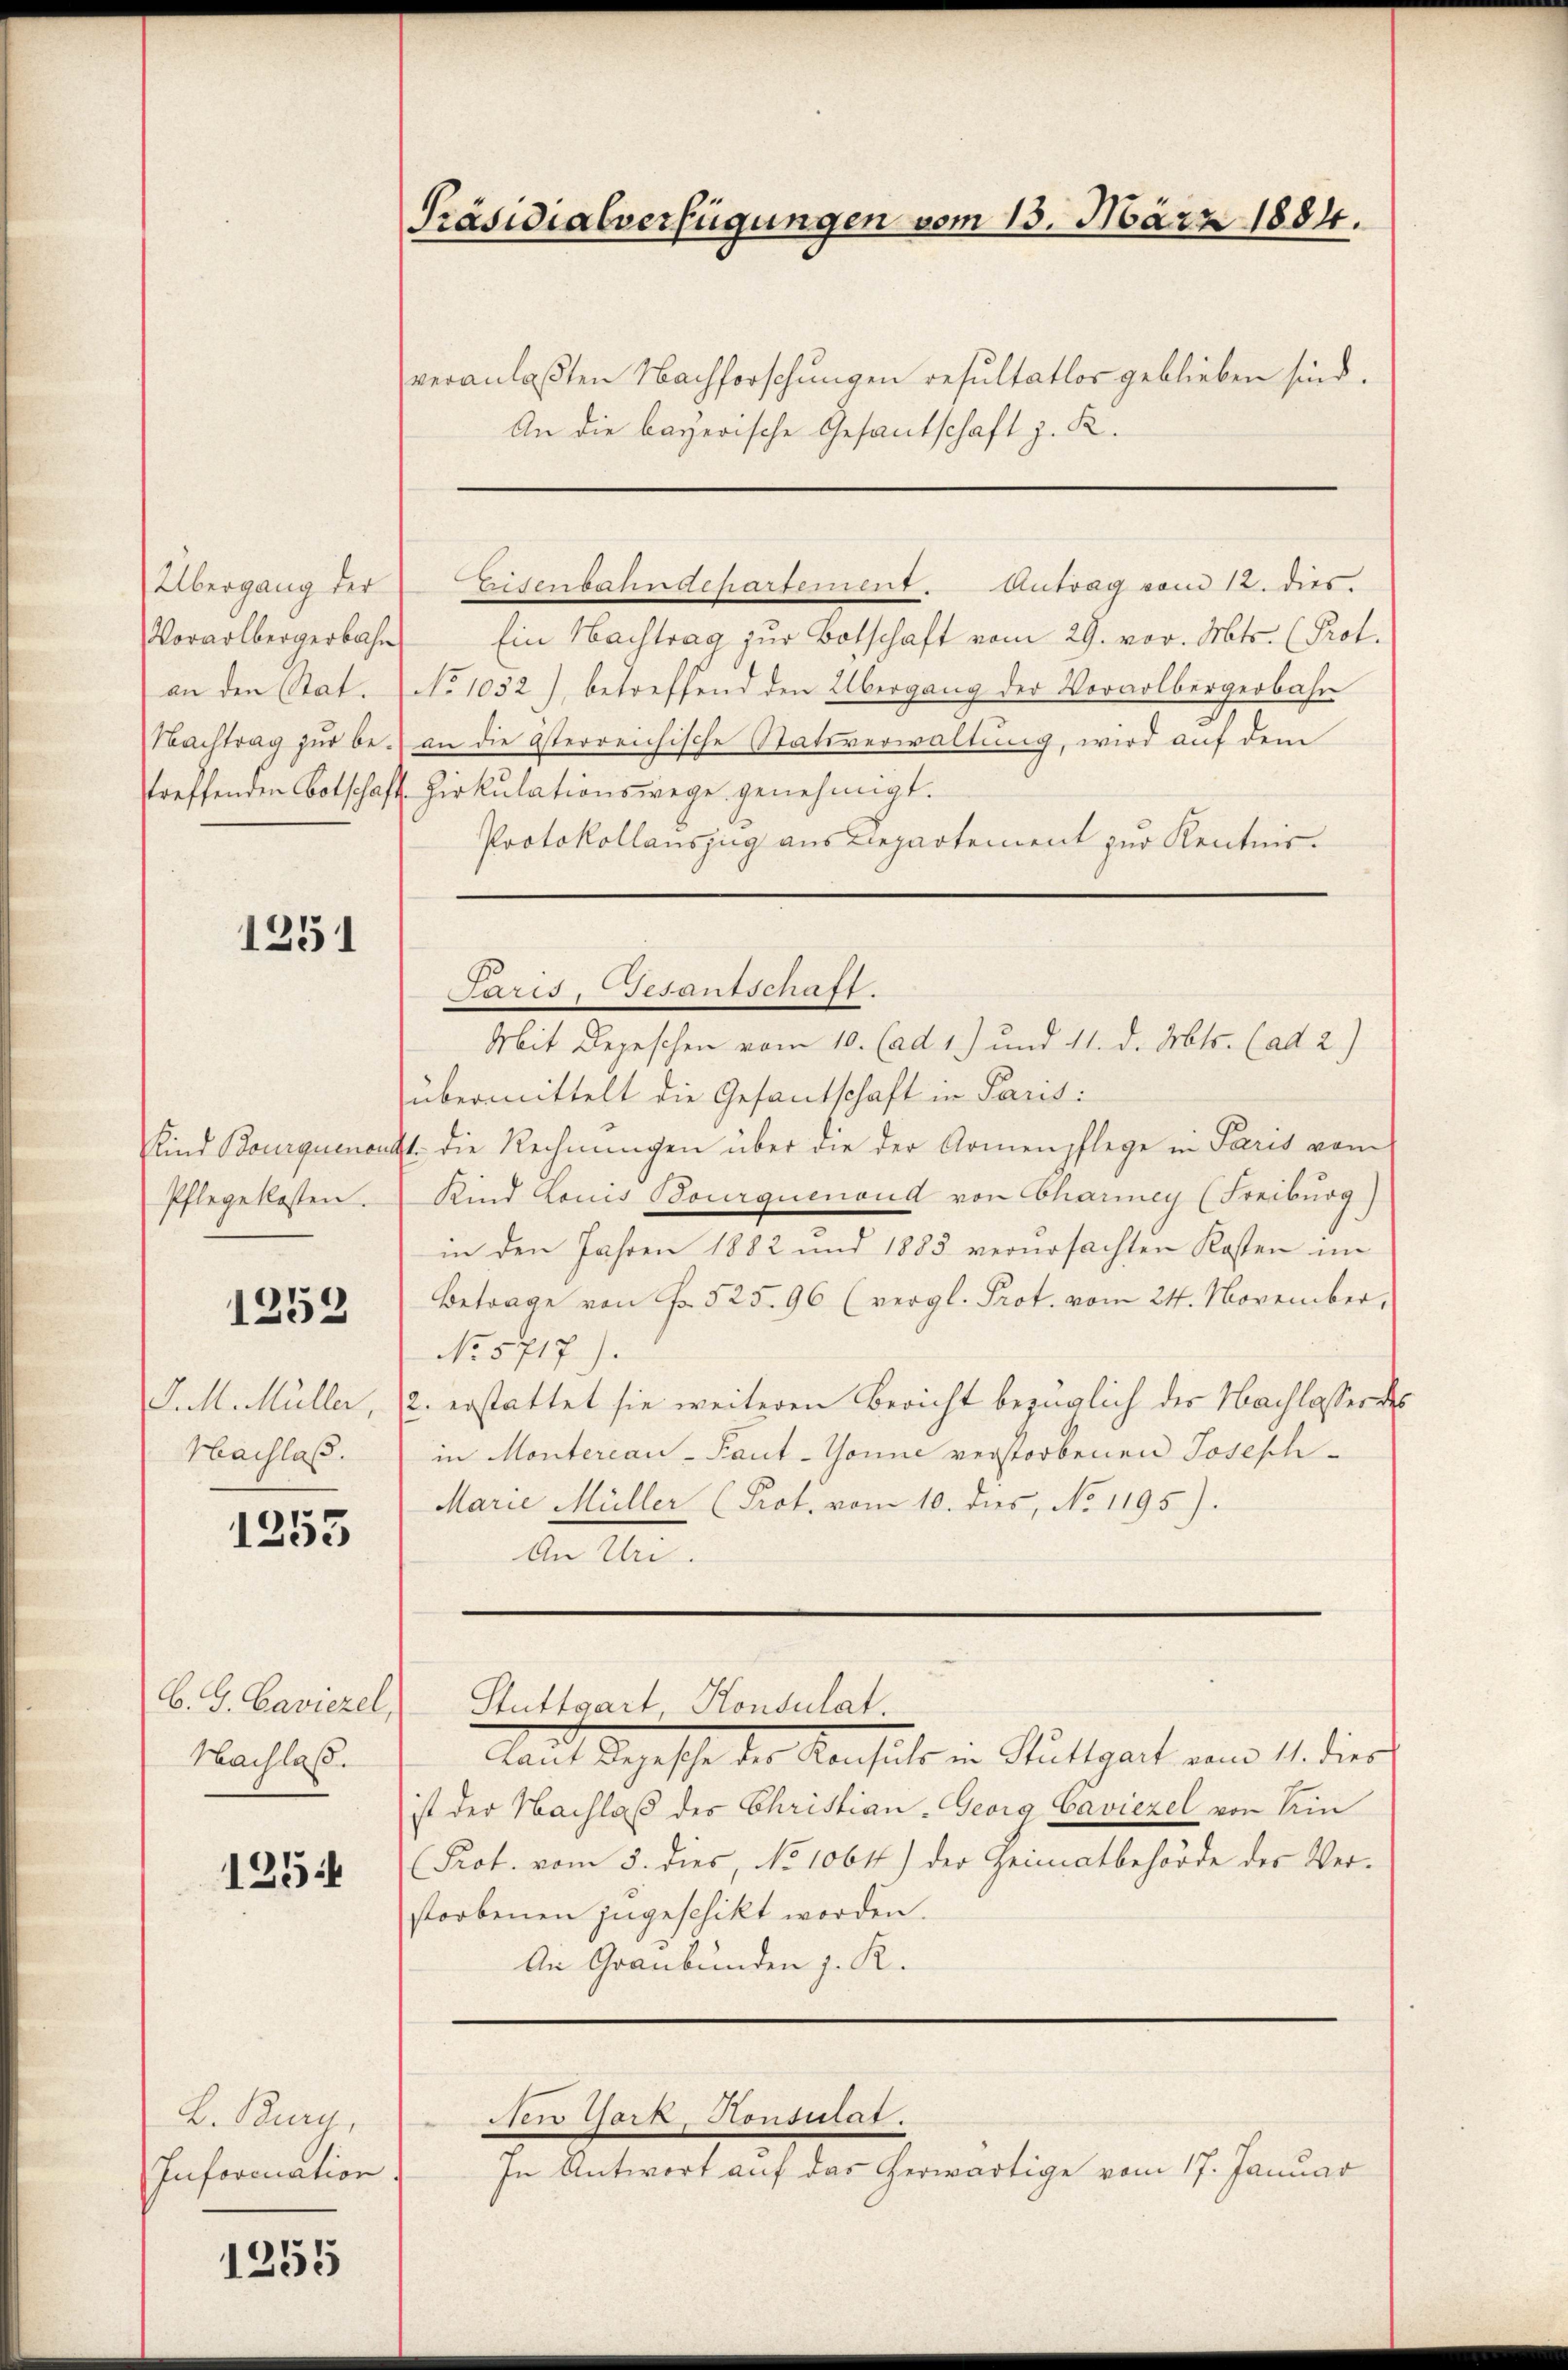
Übergang der
an den Stat.
Nachtrag zur be¬

1251

Kind Bourquenaus
Pflegeklosten.

1253

J.M. Müller,
Hachlass.

1253

C. G. Caviezel,
Nachlaß.

125

B. Burg,
Information

1255

Präsidialverfügungen vom 13. März 1884.

veranlaßten Nachforschungen resultatlos geblieben sind.
An die bayerische Gesantschaft z. R.
Vorarlbergerbahn Ein Nachtrag zŭr Botschaft vom 29. vor. Mts. (Prot.
No 1032), betreffend den Übergang der Vorarlbergerbahn
an die Asterreichische Statsverwaltung, wird auf dem
streffenden Botschaft. Zirkulationswege genehmigt.
Protokollauszug aus Departement zur Kentnis.

Eisenbahndepartement. Antrag vom 12. dies.

Paris, Besantschaft.
Mit Depeschen vom 10. (ad 1.) und 11. d. Mts. (ad 2.)

New York, Konsulat.

übermittelt die Gesandschaft in Parit:
1. die Rechnungen über die der Armenpflege in Paris vom
Kind Louis Bourquenoud von Chariney (Freiburg)
in den Jahren 1882 und 1883 verursachten Kosten im
Betrage von Fr. 525. 96 (vergl. Prot. vom 24. November,
No. 5717).
2. erstattet sie weiteren Bericht bezüglich der Nachlasser des
in Monterian-Faut-Gonne verstorbenen Joseph-
Marie Müller (Prot. vom 10. dies, No 1195).
An Uri.
Stuttgart Konsulat.
Maut Schaffe der Kanalso in Stuttgart am 1. dies
ist der Nachlaß des Christian-Georg Caviezel von Ein
(Prot. vom 5. dies, No 1061) der Heimatbehörde der Verstorbenen zugeschikt worden.
An Graubünden z. R.

In Antwort auf das herwärtige vom 17. Januar